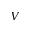
V